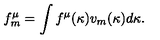
f _ { m } ^ { \mu } = \int f ^ { \mu } ( \kappa ) v _ { m } ( \kappa ) d \kappa .